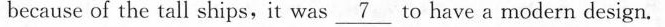
because of the tall ships,it wasto \nuderline{7}have a modern design.